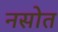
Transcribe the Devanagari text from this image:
नसोत